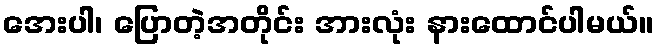
အေးပါ၊ ပြောတဲ့အတိုင်း အားလုံး နားထောင်ပါမယ်။